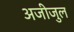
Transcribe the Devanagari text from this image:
अजीजुल